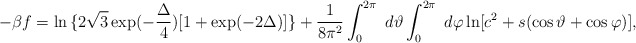
\begin{align*}-{\beta f} = \ln{\{2 \sqrt3 \exp(-{\frac{\Delta}{4}})[1 + \exp(-2{\Delta})]\}} +{\frac{1}{8{\pi}^2}}\int_{0}^{2\pi} \ d{\vartheta} \int_{0}^{2\pi} \ d{\varphi}\ln[c^2 + s(\cos{\vartheta} + \cos{\varphi})],\end{align*}